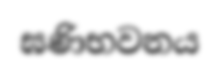
ඝණිභවනය